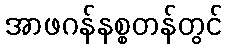
အာဖဂန်နစ္စတန်တွင်